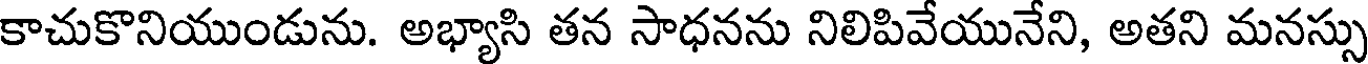
కాచుకొనియుండును. అభ్యాసి తన సాధనను నిలిపివేయునేని, అతని మనస్సు